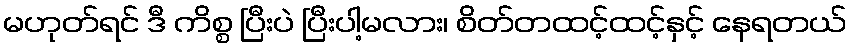
မဟုတ်ရင် ဒီ ကိစ္စ ပြီးပဲ ပြီးပါ့မလား၊ စိတ်တထင့်ထင့်နှင့် နေရတယ်